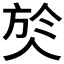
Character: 𭤹